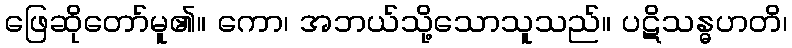
ဖြေဆိုတော်မူ၏။ ကော၊ အဘယ်သို့သောသူသည်။ ပဋိသန္ဓဟတိ၊